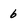
Character: b